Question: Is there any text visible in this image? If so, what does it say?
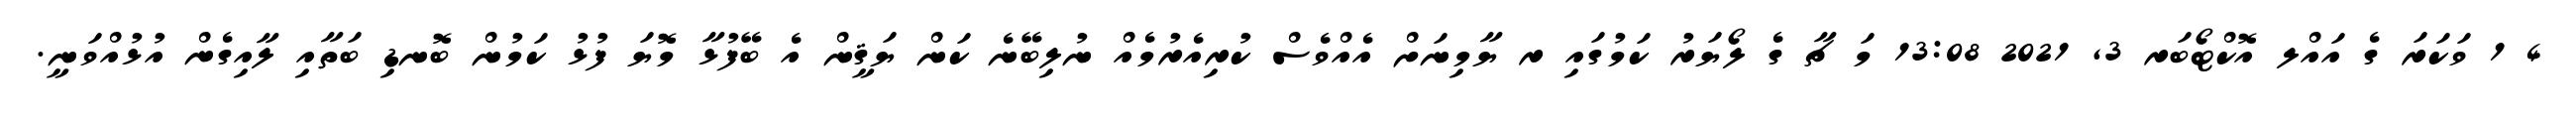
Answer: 4 1 ވަކަރަ ގެ އައްލ އޮކްޓޯބަރ 3, 2021 13:08 މަ ޗާ ގެ ލޯޔަރު ކަމުގައި ރ ޔާމިނަށް އެއްވެސް ކުރިއެރުމެއް ނުލިބޭނެ ކަން ޔަޤީން އެ ބޭފުޅާ މޮޔަ ފުޅު ކަމުން ބޮނޑި ބަތާއި ލާއިގެން އުޅުއްވަނީ.